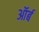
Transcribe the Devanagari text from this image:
ऑर्ब